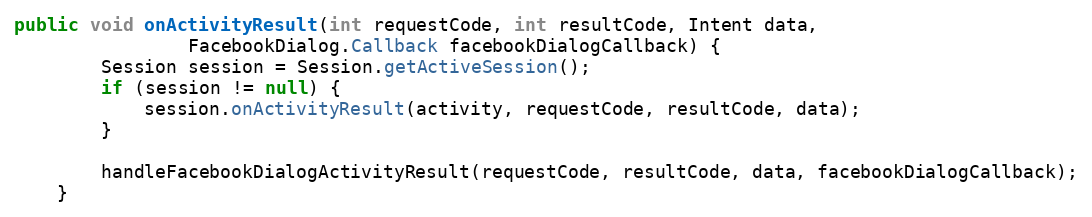
Language: Java
public void onActivityResult(int requestCode, int resultCode, Intent data,
                FacebookDialog.Callback facebookDialogCallback) {
        Session session = Session.getActiveSession();
        if (session != null) {
            session.onActivityResult(activity, requestCode, resultCode, data);
        }

        handleFacebookDialogActivityResult(requestCode, resultCode, data, facebookDialogCallback);
    }